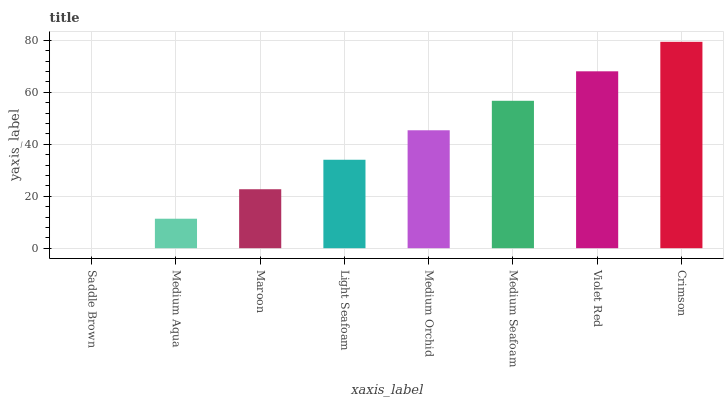
| xaxis_label | bars |
 | --- | --- |
 | Saddle Brown | 0 |
 | Medium Aqua | 11.3 |
 | Maroon | 22.7 |
 | Light Seafoam | 34 |
 | Medium Orchid | 45.4 |
 | Medium Seafoam | 56.7 |
 | Violet Red | 68.1 |
 | Crimson | 79.4 |